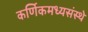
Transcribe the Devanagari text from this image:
कर्णिकमध्यसंस्थे